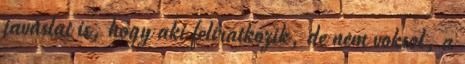
javaslat is, hogy aki feliratkozik, de nem voksol, a